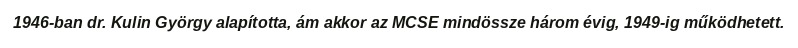
1946-ban dr. Kulin György alapította, ám akkor az MCSE mindössze három évig, 1949-ig működhetett.